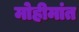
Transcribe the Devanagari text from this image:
मोहीमांत